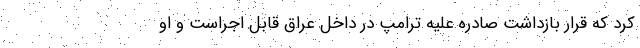
کرد که قرار بازداشت صادره علیه ترامپ در داخل عراق قابل اجراست و او